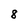
Character: 8